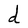
Character: d